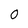
Character: 0